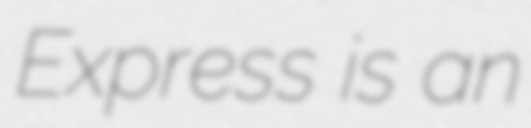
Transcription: Express is an